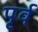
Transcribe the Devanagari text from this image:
पृर्व